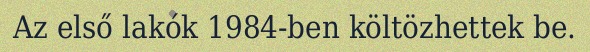
Az első lakók 1984-ben költözhettek be.